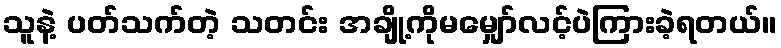
သူနဲ့ ပတ်သက်တဲ့ သတင်း အချို့ကိုမမျှော်လင့်ပဲကြားခဲ့ရတယ်။